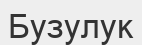
Бузулук